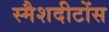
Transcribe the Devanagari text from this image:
स्मैशदीटोंस